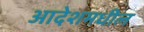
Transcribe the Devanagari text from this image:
आदेशमधील